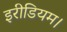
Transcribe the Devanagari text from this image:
इरीडियम।